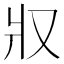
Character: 𤕭